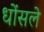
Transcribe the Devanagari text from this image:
धोंसले